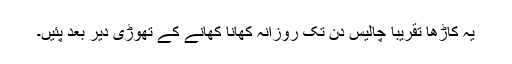
یہ کاڑھا تقریباً چالیس دن تک روزانہ کھانا کھانے کے تھوڑی دیر بعد پئیں۔